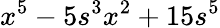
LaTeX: x^{5}-5s^{3}x^{2}+15s^{5}